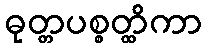
ဓုတ္တပစ္စတ္ထိကာ